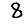
Digit: 8